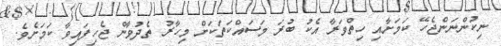
ނިކުންނަންޖެހޭ ކަމަށާއި ހިތްވަރާ އެކު ބުރަ މަސައްކަތަކަށް މިހާރު ތެދުވާން ޖެހިފައިވާ ކަމަށެވެ.